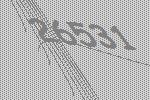
26531